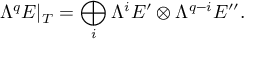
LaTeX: \Lambda ^ { q } E | _ { T } = \bigoplus _ { i } \Lambda ^ { i } E ^ { \prime } \otimes \Lambda ^ { q - i } E ^ { \prime \prime } .